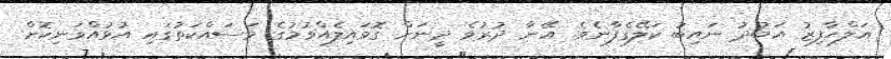
އަލްޙާފިޒު އަބުދު ނައިބު ކަލޭގެފާނެވެ. އޭނާ ދުރުވެ ދީނަށް ގޮވައިލެއްވުމުގެ މަސައްކަތުގައި އުޅުއްވަނިކޮށް